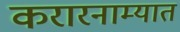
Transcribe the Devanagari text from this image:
करारनाम्यात